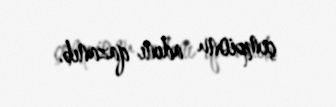
çempionu adını qazanıb.